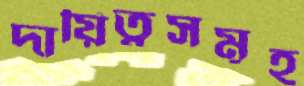
দায়িত্বসমূহ